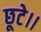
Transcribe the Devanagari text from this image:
छूटे।।